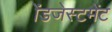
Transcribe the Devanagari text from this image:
ॲडजेस्टमेंट